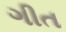
ગીત